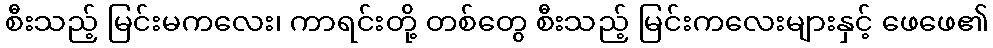
စီးသည့် မြင်းမကလေး၊ ကာရင်းတို့ တစ်တွေ စီးသည့် မြင်းကလေးများနှင့် ဖေဖေ၏